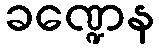
ခဏ္ဍေန